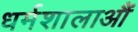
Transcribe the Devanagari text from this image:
धर्मशालाऔं